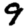
Digit: 9